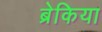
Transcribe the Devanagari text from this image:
ब्रेकिया